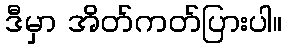
ဒီမှာ အိတ်ကတ်ပြားပါ။